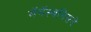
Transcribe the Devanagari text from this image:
मॅगॅस्थनिसने